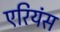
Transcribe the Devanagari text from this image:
एरियंस